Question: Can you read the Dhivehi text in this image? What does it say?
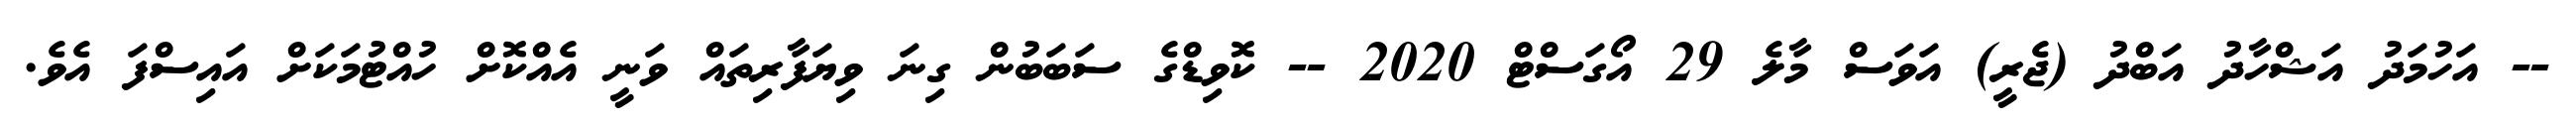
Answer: -- އަހުމަދު އަޝްހާދު އަބްދު (ޖެރީ) އަވަސް މާލެ 29 އޯގަސްޓް 2020 -- ކޮވިޑްގެ ސަބަބުން ގިނަ ވިޔަފާރިތައް ވަނީ އެއްކޮށް ހުއްޓުމަކަށް އައިސްފަ އެވެ.